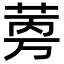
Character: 𬜼